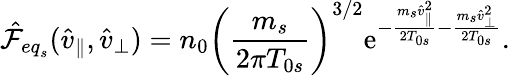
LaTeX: \hat{\mathcal{F}}_{{eq}_{s}}(\hat{v}_{\parallel},\hat{v}_{\perp})=n_{0}\left(\frac{m_{s}}{{2\pi T_{0s}}}\right)^{3/2}\mathrm{e}^{-\frac{m_{s}\hat{v}_{\parallel}^{2}}{2T_{0s}}-\frac{m_{s}\hat{v}_{\perp}^{2}}{2T_{0s}}}.